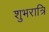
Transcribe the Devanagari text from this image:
शुभरात्रि